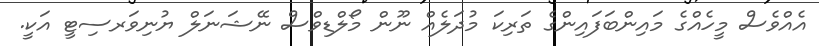
އެއްވެސް މީހެއްގެ މައިންބަފައިންގެ ތަރިކަ މުދަލެއް ނޫން މޯލްޑިވްސް ނޭޝަނަލް ޔުނިވަރސިޓީ އަކީ.